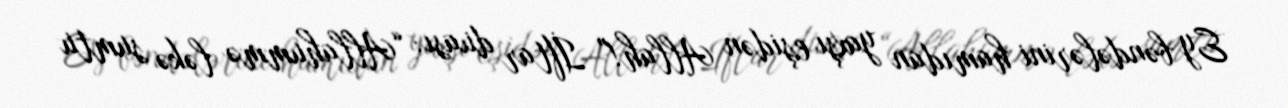
Ey bəndələrini hamıdan yaxşı eşidən Allah!” İftar duası: “Allahummə ləkə sumtu